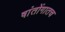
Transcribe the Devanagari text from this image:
षांतोंगातच